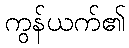
ကွန်ယက်၏